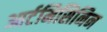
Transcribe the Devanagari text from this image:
आर्टमिसिनिन